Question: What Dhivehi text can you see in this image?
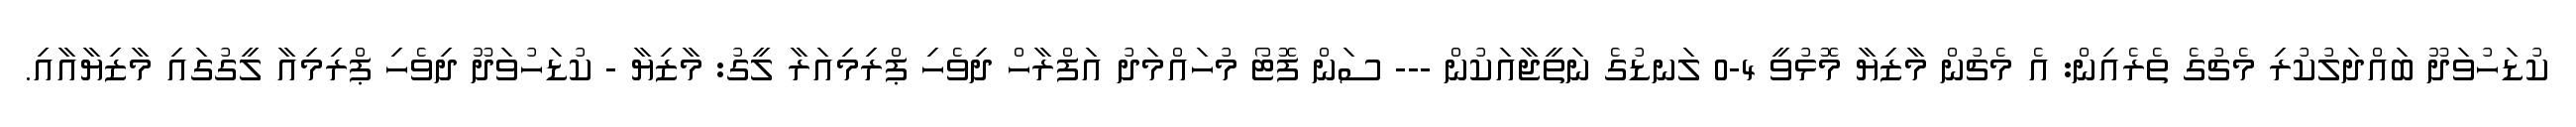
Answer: ކުޑަހުވަދޫ ބައްދަލުކުރި މެޗުގެ ތެރެއިން: އެ މެޗުން މާޒިޔާ މޮޅުވީ 4-0 ލަނޑުގެ ނަތީޖާއަކުން --- ސަން ފޮޓޯ މުހައްމަދު އަފްރާހް ދިވެހި ޕްރިމިއަރާ ލީގު: މާޒިޔާ - ކުޑަހުވަދޫ ދިވެހި ޕްރިމިއާ ލީގުގައި މާޒިޔާއާއި.